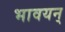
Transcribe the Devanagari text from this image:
भावयन्